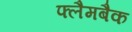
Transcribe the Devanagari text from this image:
फ्लैमबैक